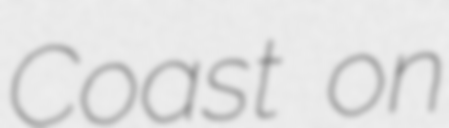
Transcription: Coast on